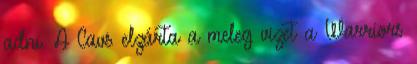
adni. A Cavs elzárta a meleg vizet a Warriors